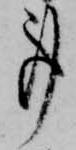
事